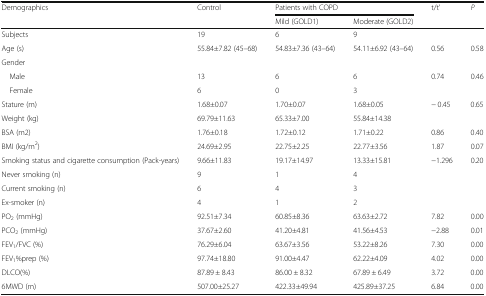
<table><thead><tr><td rowspan="2"><b>Demographics</b></td><td rowspan="2"><b>Control</b></td><td colspan="2"><b>Patients with COPD</b></td><td rowspan="2"><b>t/t’</b></td><td rowspan="2"><b><i>P</i></b></td></tr><tr><td><b>Mild (GOLD1)</b></td><td><b>Moderate (GOLD2)</b></td></tr></thead><tbody><tr><td>Subjects</td><td>19</td><td>6</td><td>9</td><td></td><td></td></tr><tr><td>Age (s)</td><td>55.84±7.82 (45–68)</td><td>54.83±7.36 (43–64)</td><td>54.11±6.92 (43–64)</td><td>0.56</td><td>0.58</td></tr><tr><td colspan="6">Gender</td></tr><tr><td> Male</td><td>13</td><td>6</td><td>6</td><td>0.74</td><td>0.46</td></tr><tr><td> Female</td><td>6</td><td>0</td><td>3</td><td></td><td></td></tr><tr><td>Stature (m)</td><td>1.68±0.07</td><td>1.70±0.07</td><td>1.68±0.05</td><td>− 0.45</td><td>0.65</td></tr><tr><td>Weight (kg)</td><td>69.79±11.63</td><td>65.33±7.00</td><td>55.84±14.38</td><td></td><td></td></tr><tr><td>BSA (m2)</td><td>1.76±0.18</td><td>1.72±0.12</td><td>1.71±0.22</td><td>0.86</td><td>0.40</td></tr><tr><td>BMI (kg/m<sup>2</sup>)</td><td>24.69±2.95</td><td>22.75±2.25</td><td>22.77±3.56</td><td>1.87</td><td>0.07</td></tr><tr><td>Smoking status and cigarette consumption (Pack-years)</td><td>9.66±11.83</td><td>19.17±14.97</td><td>13.33±15.81</td><td>−1.296</td><td>0.20</td></tr><tr><td>Never smoking (n)</td><td>9</td><td>1</td><td>4</td><td></td><td></td></tr><tr><td>Current smoking (n)</td><td>6</td><td>4</td><td>3</td><td></td><td></td></tr><tr><td>Ex-smoker (n)</td><td>4</td><td>1</td><td>2</td><td></td><td></td></tr><tr><td>PO<sub>2</sub> (mmHg)</td><td>92.51±7.34</td><td>60.85±8.36</td><td>63.63±2.72</td><td>7.82</td><td>0.00</td></tr><tr><td>PCO<sub>2</sub> (mmHg)</td><td>37.67±2.60</td><td>41.20±4.81</td><td>41.56±4.53</td><td>−2.88</td><td>0.01</td></tr><tr><td>FEV<sub>1</sub>/FVC (%)</td><td>76.29±6.04</td><td>63.67±3.56</td><td>53.22±8.26</td><td>7.30</td><td>0.00</td></tr><tr><td>FEV<sub>1</sub>%prep (%)</td><td>97.74±18.80</td><td>91.00±4.47</td><td>62.22±4.09</td><td>4.02</td><td>0.00</td></tr><tr><td>DLCO(%)</td><td>87.89 ± 8.43</td><td>86.00 ± 8.32</td><td>67.89 ± 6.49</td><td>3.72</td><td>0.00</td></tr><tr><td>6MWD (m)</td><td>507.00±25.27</td><td>422.33±49.94</td><td>425.89±37.25</td><td>6.84</td><td>0.00</td></tr></tbody></table>